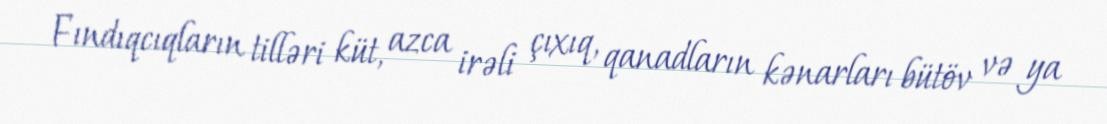
Fındıqcıqların tilləri küt, azca irəli çıxıq, qanadların kənarları bütöv və ya